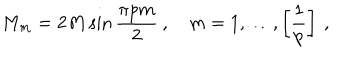
M _ { m } = 2 M \sin \frac { \pi p m } { 2 } \: , \quad m = 1 , \ldots , \left[ \frac { 1 } { p } \right] \: ,